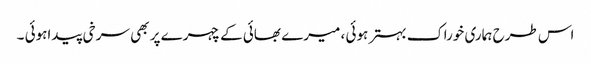
اس طرح ہماری خوراک بہتر ہوئی ، میرے بھائی کے چہرے پر بھی سرخی پیداہوئی ۔